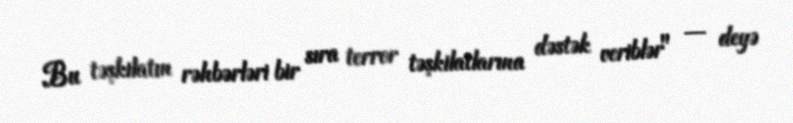
Bu təşkilatın rəhbərləri bir sıra terror təşkilatlarına dəstək veriblər" — deyə